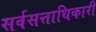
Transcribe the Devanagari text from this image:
सर्वसत्ताधिकारी